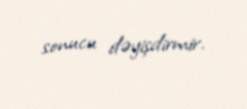
sonucu dəyişdirmir.